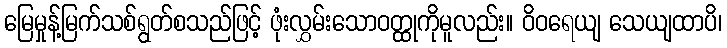
မြေမှုန့်မြက်သစ်ရွတ်စသည်ဖြင့် ဖုံးလွှမ်းသောဝတ္ထုကိုမူလည်း။ ဝိဝရေယျ သေယျထာပိ၊